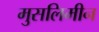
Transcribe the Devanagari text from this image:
मुसलिमीन